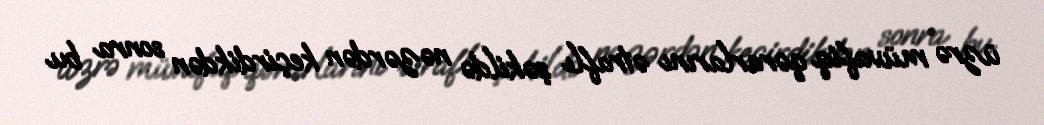
üzrə müvafiq qərarlarını ətraflı şəkildə nəzərdən keçirdikdən sonra bu